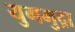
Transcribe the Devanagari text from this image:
युगमुद्रा